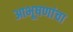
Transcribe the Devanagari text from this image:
आभूषणांचा